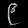
Digit: ၉